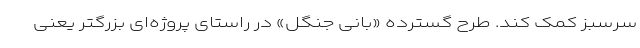
سرسبز کمک کند. طرح گسترده «بانی جنگل» در راستای پروژه‌ای بزرگتر یعنی